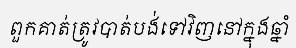
ពួកគាត់ត្រូវបាត់បង់ទៅវិញនៅក្នុងឆ្នាំ